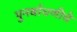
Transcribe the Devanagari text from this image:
पुनर्बाधणीचे